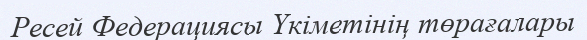
Ресей Федерациясы Үкіметінің төрағалары